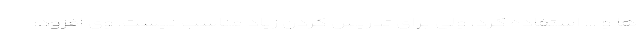
ها و ... استفاده کرد، ولی برای تدریس کردن زیاد مناسب نیست. وی افزود: